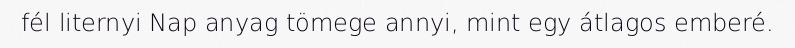
fél liternyi Nap anyag tömege annyi, mint egy átlagos emberé.